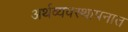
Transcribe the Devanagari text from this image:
अर्थव्यवस्थापनात